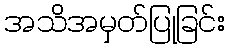
အသိအမှတ်ပြုခြင်း